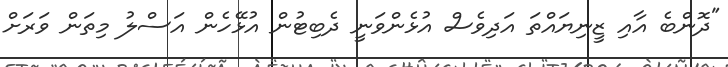
"ދޮންބެ އާއި ޒީނިޔައްތަ އަދިވެސް އުޅެންވަނީ ދެބިޓުން އުޅޭހެން އަސްލު މިތަން ވަރަށް